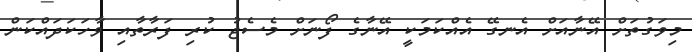
މިވަގުތަށް އޭނާއަށް އެނގޭ އެއްކަމަކީ އޭނާގެ ފޯނަށް މެސެޖު ކުރި ފަރާތާއި ވާހަކަދައްކަން